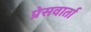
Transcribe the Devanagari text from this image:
प्रेसवार्ता